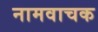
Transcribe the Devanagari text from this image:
नामवाचक